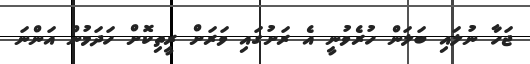
ޖަހާ ނުލައި ބަލަން ހުރެވުނީ އެ ރަށުގައި ވަރަށް ރީތިކޮށް ހަދަމުން އަންނަ